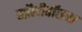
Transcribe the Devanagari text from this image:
व्हॉलीबॉलचा